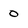
Character: 0